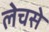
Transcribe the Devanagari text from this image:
लेचसे